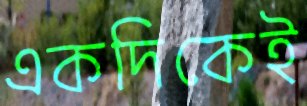
একদিকেই